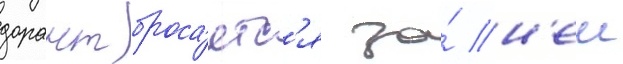
дорант броса́етс'я за́ н'еи